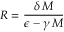
R = \frac { \delta \, M } { \epsilon - \gamma \, M }